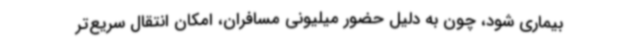
بیماری شود، چون به دلیل حضور میلیونی مسافران، امکان انتقال سریع‌تر